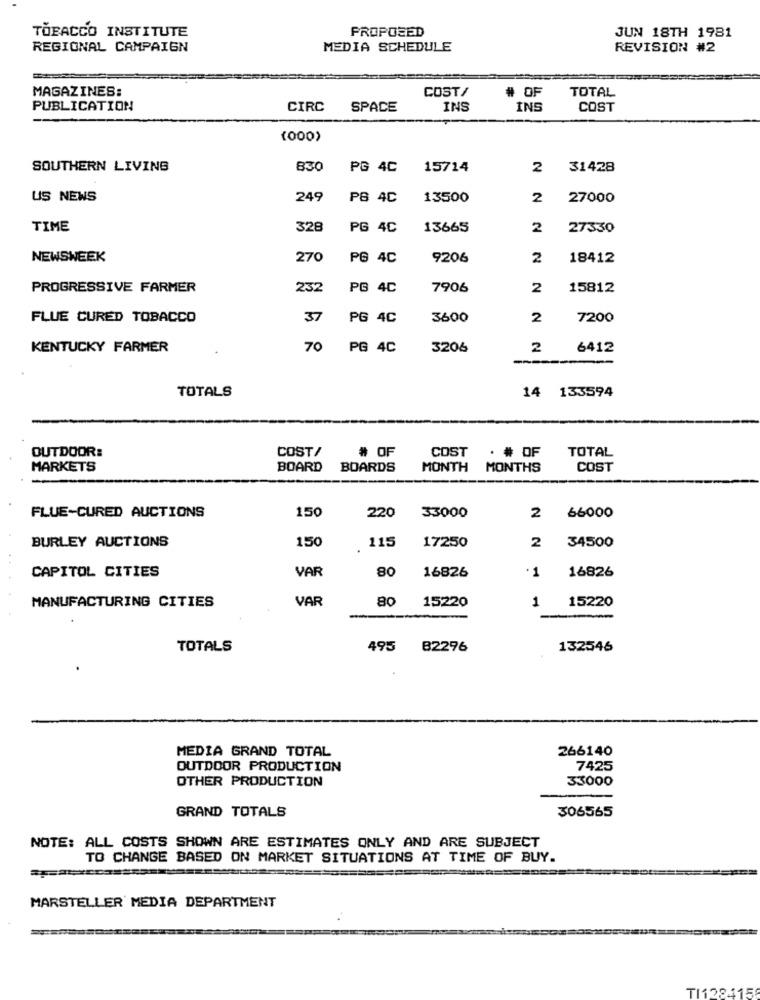
PROPOSED
JUN 18TH 1981
TOBACCO INSTITUTE
REGIONAL CAMPAIGN
MEDIA SCHEDULE
REVISION #2
MAGAZINES:
COST/
TOTAL
# OF
PUBLICATION
CIRC
SPACE
INS
INS
COST
(000)
SOUTHERN LIVING
830
PG 4C
15714
2
31428
US NEWS
249
PB 4C
13500
2
27000
TIME
328
PG
4C
13665
2
27330
NEWSWEEK
270
PG
4C
9206
2
18412
PROGRESSIVE FARMER
232
PG
4C
7906
2
15812
FLUE CURED TOBACCO
37
PG
4C
3600
2
7200
KENTUCKY FARMER
70
PG 4C
3206
2
6412
TOTALS
14 133594
OUTDOOR:
COST/
# OF
COST
· # OF
TOTAL
MARKETS
BOARD
BOARDS
MONTH
MONTHS
COST
150
33000
FLUE-CURED AUCTIONS
220
2
66000
BURLEY AUCTIONS
115
17250
2
150
34500
VAR
80
16826
16826
CAPITOL CITIES
1
VAR
80
1
MANUFACTURING CITIES
15220
15220
TOTALS
495 82296
132546
MEDIA GRAND TOTAL
266140
OUTDOOR PRODUCTION
7425
OTHER PRODUCTION
33000
306565
GRAND TOTALS
NOTE: ALL COSTS SHOWN ARE ESTIMATES ONLY AND ARE SUBJECT
TO CHANGE BASED ON MARKET SITUATIONS AT TIME OF BUY.
MARSTELLER MEDIA DEPARTMENT
TI128415